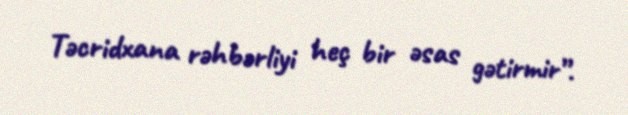
Təcridxana rəhbərliyi heç bir əsas gətirmir”.